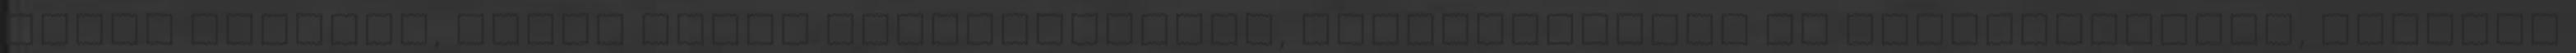
egész világot, hanem olyan rendszerekről, gazdaságokról és birodalmakról, amelyek